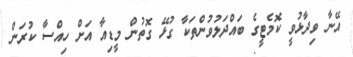
އޭނާ ވިދާޅުވީ ކޮމެޓީގެ ބައްދަލުވުންތަކާ ގުޅޭ ގޮތުން މީޑިއާ އަށް ހިއްސާ ކުރަން